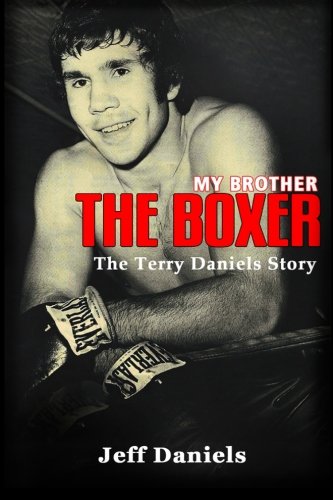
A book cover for My Brother the Boxer: The Terry Daniels Story; Jeff Daniels; Biographies & Memoirs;